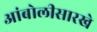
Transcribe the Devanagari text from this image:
आंबोलीसारखे